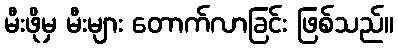
မီးဖိုမှ မီးများ တောက်လာခြင်း ဖြစ်သည်။